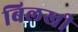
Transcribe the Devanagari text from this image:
बिलखी